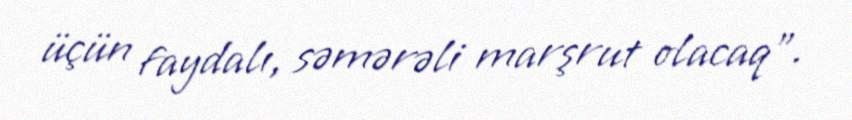
üçün faydalı, səmərəli marşrut olacaq”.